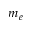
m _ { e }